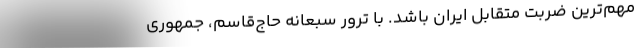
مهم‌ترین ضربت متقابل ایران باشد. با ترور سبعانه حاج‌قاسم، جمهوری